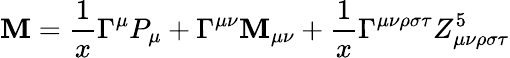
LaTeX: \mathbf{M}=\frac{{1}}{{x}}\Gamma^{\mu}P_{\mu}+\Gamma^{\mu\nu}\mathbf{M}_{\mu\nu}+\frac{{1}}{{x}}\Gamma^{\mu\nu\rho\sigma\tau}Z_{\mu\nu\rho\sigma\tau}^{5}